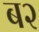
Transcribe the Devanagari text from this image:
ब२